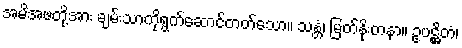
အမိအဖတို့အား ချမ်းသာကိုရွက်ဆောင်တတ်သော။ သန္တံ၊ မြတ်နိုးတနာ။ ဥပဋ္ဌိတံ၊